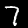
Digit: 7